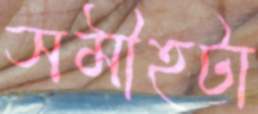
সমীহটা